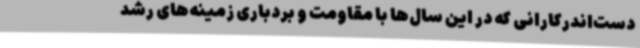
دست‌اندرکارانی که در این سال‌ها با مقاومت و بردباری زمینه‌های رشد